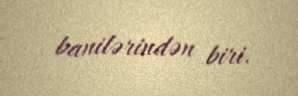
banilərindən biri.